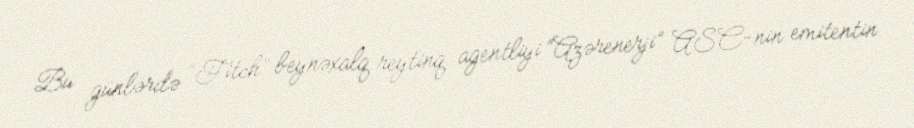
Bu günlərdə “Fitch” beynəxalq reytinq agentliyi “Azərenerji” ASC-nin emitentin